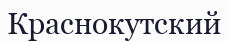
Краснокутский